Vital statistics of India. Vol. V, Reports of 1876 on armies & jails and on epidemic cholera
Year: 1876
Disease focus: Cholera
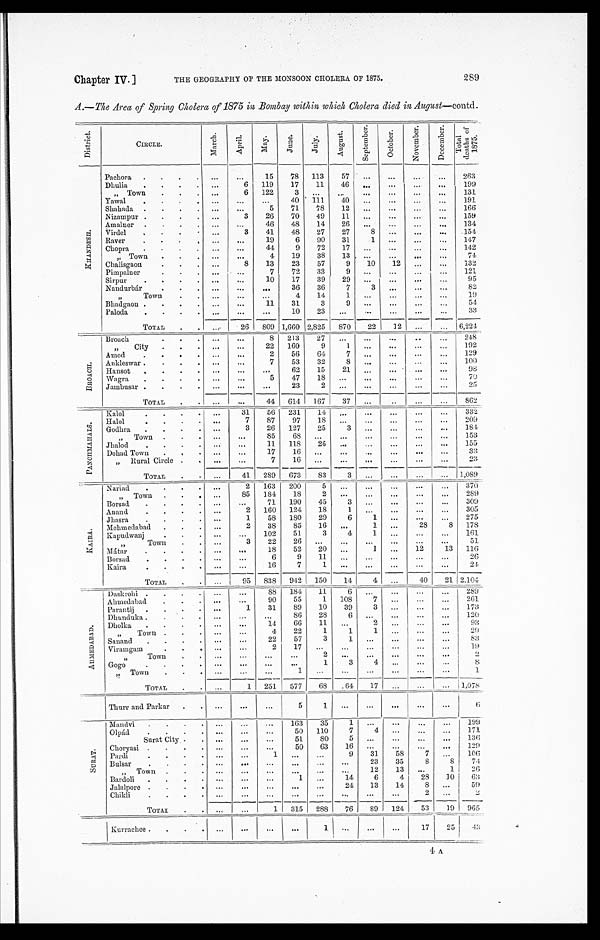
Chapter IV.
THE GEOGRAPHY OF THE MONSOON CHOLERA OF 1875.
289
A.—The Area of Spring Cholera of 1875 in Bombay within which Cholera died in August—contd.
D i s t r i c t .
CIRCLE.
M a r c h . A p r i l .
M a y .
J u n e .
J u l y .
A u g u s t .
S e p t e m b e r .
O c t o b e r .
N o v e m b e r .
D e c e m b e r .
T o t a l d e a t h o f 1 8 7 5 .
K H A N D E S H .
Pachora
15 78 113
57
263
Dhulia
6 119
17 11 46
199
" Town
6 122
3
131
Yawal
40 111
40
191
Shahada
5 71
78 12
166
Nizampur
3
26 70 49 11
159
Amalner
46 48 14 26
134
Virdel
3
41 48 27 27
8
154
Raver
19
6
90 31
1
147
Chopra
44
9 72 17
142
„ Town
4
19
38 13
74
Chalisgaon
8
13
23
57
9 10 12
132
Pimpalner
7
72 33
9
121
Sirpur
10
17
39
29
95
Nandurbár
36 36
7
3
82
" T o w n
4 14
1
19
Bhadgaon
11
31
3
9
54
Paloda
1 0 23
33
TOTAL
26 809 1,660 2,825 870 22
12
6,224
B R O A C H .
Broach
8 213
27
248
" City
22 160
9
1
192
Amod
2
56
64
7
1 2 9
Ankleswar
7
53
32
8
100
Hansot
62
15
21
98
Wagra
5
47
18
70
Jambusar
23
2
25
TOTAL
44 614 167
37
862
P A N C H M A H A L S .
Kalol
31
56 231 14
332
Halol
7
87
97 18
209
Godhra
3 26 127 25
3
184
„ Town
85
68
153
Jhalod
11 118 26
155
Dohad Town
17
16
33
Rural Circle
7
16
23
TOTAL
41 289 673
83
3
1,089
K A I R A .
Nariad
2 163 200
5
370
Town
85 184
18
2
289
Borsad
71 190 45
3
309
Anand
2 160 124 18
1
3 0 5
Jhasra
1
58 180 29
6
1
275
Mehmedabad
2 38
85 16
1
28
8 178
Kapudwanj
102
51
3
4
1
161
Town
3
22
26
51
M á t a r
18
52 20
1
12
13 116
Borsad
6
9 11
2 6
Kaira
16
7
1
2 4
TOTAL
95 838 942 150 14
4
40
21 2,104
A H M E D A B A D .
Daskrohi
88 184 11
6
289
Ahmedabad
90
55
1 108
7
261
Parantij
1
31
8 9 10
39
3
173
Dhunduka
8 6
2 8 6
120
Dholka
14
66
11
2
93
" T o w n
4 22
1
1
1
29
Sanand
22
57
3
1
83
Viramgam
2
17
19
Town
2
2
Gogo
1
3
4
8
„ Town
1
1
TOTAL
1 251 577 68
64 17
1,078
. Thurr and Parkar
5
1
6
S U R A T
Mandvi
163
35
1
199
Olpád
50 110
7
4
171
Surat City
51
80
5
136
Choryasi
50 63 16
129
Pardi
1
9
31
58
7
106
Bulsar
23
35
8
8 74
" T o w n
12
13
1
2 6
Bardoli
1
14
6
4 28
10 63
Jalalpore
24 13
14
8
59
Chikli
2
2
TOTAL
1 315
2 8 8 76 89 124
53 19 965
Kurrachee
1
17
25
43
4 A